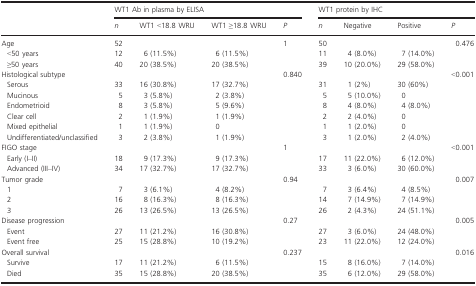
<table><thead><tr><td></td><td colspan="4"><b>WT1 Ab in plasma by ELISA</b></td><td colspan="4"><b>WT1 protein by IHC</b></td></tr><tr><td><b><i>n</i></b></td><td><b>WT1 &lt;18.8 WRU</b></td><td><b>WT1 ≥18.8 WRU</b></td><td><b><i>P</i></b></td><td><b><i>n</i></b></td><td><b>Negative</b></td><td><b>Positive</b></td><td><b><i>P</i></b></td></tr></thead><tbody><tr><td>Age</td><td>52</td><td></td><td></td><td>1</td><td>50</td><td></td><td></td><td>0.476</td></tr><tr><td> &lt;50 years</td><td>12</td><td>6 (11.5%)</td><td>6 (11.5%)</td><td></td><td>11</td><td>4 (8.0%)</td><td>7 (14.0%)</td><td></td></tr><tr><td> ≥50 years</td><td>40</td><td>20 (38.5%)</td><td>20 (38.5%)</td><td></td><td>39</td><td>10 (20.0%)</td><td>29 (58.0%)</td><td></td></tr><tr><td>Histological subtype</td><td></td><td></td><td></td><td>0.840</td><td></td><td></td><td></td><td>&lt;0.001</td></tr><tr><td> Serous</td><td>33</td><td>16 (30.8%)</td><td>17 (32.7%)</td><td></td><td>31</td><td>1 (2%)</td><td>30 (60%)</td><td></td></tr><tr><td> Mucinous</td><td>5</td><td>3 (5.8%)</td><td>2 (3.8%)</td><td></td><td>5</td><td>5 (10.0%)</td><td>0</td><td></td></tr><tr><td> Endometrioid</td><td>8</td><td>3 (5.8%)</td><td>5 (9.6%)</td><td></td><td>8</td><td>4 (8.0%)</td><td>4 (8.0%)</td><td></td></tr><tr><td> Clear cell</td><td>2</td><td>1 (1.9%)</td><td>1 (1.9%)</td><td></td><td>2</td><td>2 (4.0%)</td><td>0</td><td></td></tr><tr><td> Mixed epithelial</td><td>1</td><td>1 (1.9%)</td><td>0</td><td></td><td>1</td><td>1 (2.0%)</td><td>0</td><td></td></tr><tr><td> Undifferentiated/unclassified</td><td>3</td><td>2 (3.8%)</td><td>1 (1.9%)</td><td></td><td>3</td><td>1 (2.0%)</td><td>2 (4.0%)</td><td></td></tr><tr><td>FIGO stage</td><td></td><td></td><td></td><td>1</td><td></td><td></td><td></td><td>&lt;0.001</td></tr><tr><td> Early (I–II)</td><td>18</td><td>9 (17.3%)</td><td>9 (17.3%)</td><td></td><td>17</td><td>11 (22.0%)</td><td>6 (12.0%)</td><td></td></tr><tr><td> Advanced (III–IV)</td><td>34</td><td>17 (32.7%)</td><td>17 (32.7%)</td><td></td><td>33</td><td>3 (6.0%)</td><td>30 (60.0%)</td><td></td></tr><tr><td>Tumor grade</td><td></td><td></td><td></td><td>0.94</td><td></td><td></td><td></td><td>0.007</td></tr><tr><td> 1</td><td>7</td><td>3 (6.1%)</td><td>4 (8.2%)</td><td></td><td>7</td><td>3 (6.4%)</td><td>4 (8.5%)</td><td></td></tr><tr><td> 2</td><td>16</td><td>8 (16.3%)</td><td>8 (16.3%)</td><td></td><td>14</td><td>7 (14.9%)</td><td>7 (14.9%)</td><td></td></tr><tr><td> 3</td><td>26</td><td>13 (26.5%)</td><td>13 (26.5%)</td><td></td><td>26</td><td>2 (4.3%)</td><td>24 (51.1%)</td><td></td></tr><tr><td>Disease progression</td><td></td><td></td><td></td><td>0.27</td><td></td><td></td><td></td><td>0.005</td></tr><tr><td> Event</td><td>27</td><td>11 (21.2%)</td><td>16 (30.8%)</td><td></td><td>27</td><td>3 (6.0%)</td><td>24 (48.0%)</td><td></td></tr><tr><td> Event free</td><td>25</td><td>15 (28.8%)</td><td>10 (19.2%)</td><td></td><td>23</td><td>11 (22.0%)</td><td>12 (24.0%)</td><td></td></tr><tr><td>Overall survival</td><td></td><td></td><td></td><td>0.237</td><td></td><td></td><td></td><td>0.016</td></tr><tr><td> Survive</td><td>17</td><td>11 (21.2%)</td><td>6 (11.5%)</td><td></td><td>15</td><td>8 (16.0%)</td><td>7 (14.0%)</td><td></td></tr><tr><td> Died</td><td>35</td><td>15 (28.8%)</td><td>20 (38.5%)</td><td></td><td>35</td><td>6 (12.0%)</td><td>29 (58.0%)</td><td></td></tr></tbody></table>